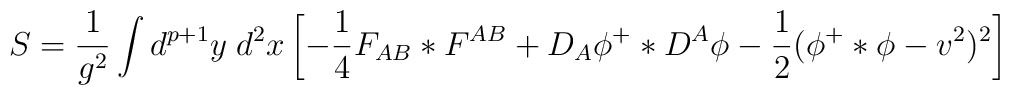
S={1\over g^2}\int d^{p+1}y\;d^2x\left[-{1\over 4} F_{AB}*F^{AB}+D_A\phi^+*D^A\phi-{1\over 2}(\phi^+*\phi-v^2)^2\right]